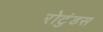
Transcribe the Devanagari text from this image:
रोटुंडस